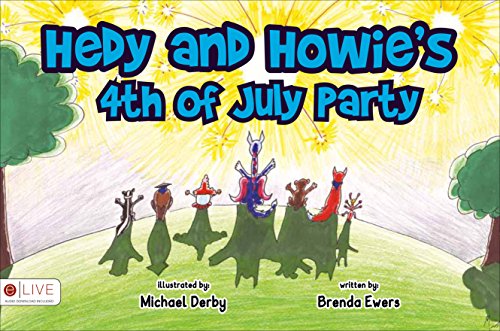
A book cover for Hedy and Howie's 4th of July Party; Brenda Ewers; Children's Books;